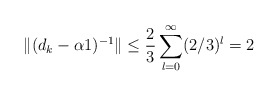
\begin{align*}\| (d_k - \alpha 1)^{-1} \| \leq \frac{2}{3} \sum_{l=0}^{\infty} (2/3)^l = 2\end{align*}